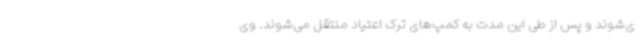
ی‌شوند و پس از طی این مدت به کمپ‌های ترک اعتیاد منتقل می‌شوند. وی